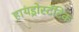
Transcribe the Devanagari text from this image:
हायड्रोस्टॅटिक